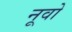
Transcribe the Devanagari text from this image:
नूवो